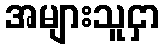
အများသူငှာ